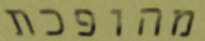
מהופכת